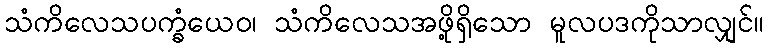
သံကိလေသပက္ခံယေဝ၊ သံကိလေသအဖို့ရှိသော မူလပဒကိုသာလျှင်။